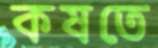
কষতে